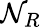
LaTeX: \mathcal{N}_{R}